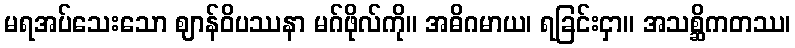
မရအပ်သေးသော ဈာန်ဝိပဿနာ မဂ်ဖိုလ်ကို။ အဓိဂမာယ၊ ရခြင်းငှာ။ အသစ္ဆိကတဿ၊